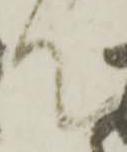
て